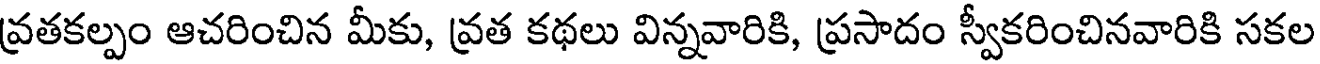
వ్రతకల్పం ఆచరించిన మీకు, వ్రత కథలు విన్నవారికి, ప్రసాదం స్వీకరించినవారికి సకల